Vaccination in the Punjab 1919-1929 - 1919-1929
Year: 1919
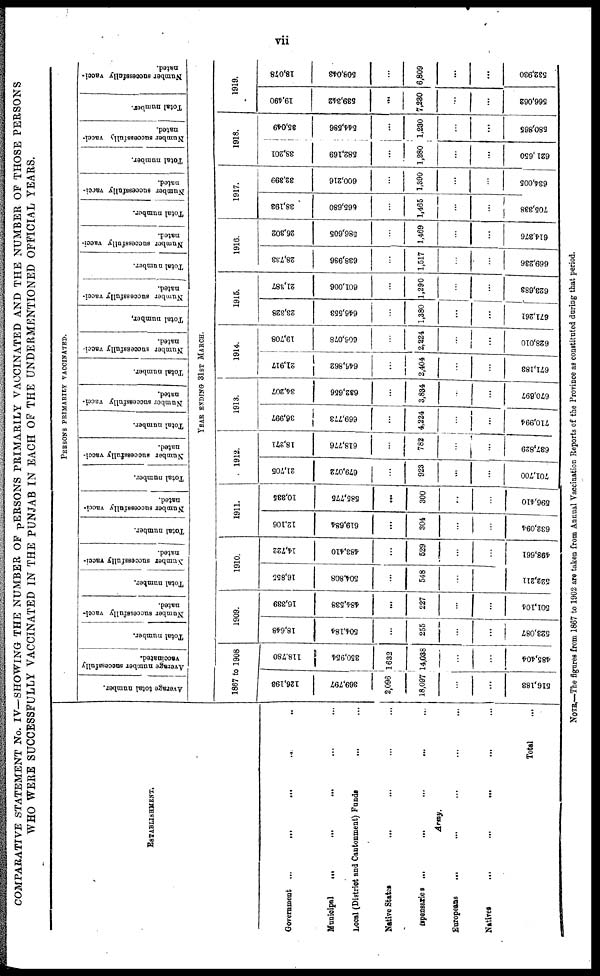
vii
COMPARATIVE STATEMENT No. IV—SHOWING THE NUMBER OF PERSONS PRIMARILY VACCINATED AND THE NUMBER OF THOSE PERSONS
WHO WERE SUCCESSFULLY VACCINATED IN THE PUNJAB IN EACH OF THE UNDERMENTIONED OFFICIAL YEARS.
ESTABLISHMENT.
Government
...
...
...
...
...
Municipal ... ... ... ... ...
Local (District and Cantonment) Funds ... ...
Native States ... ... ... ...
Dispensaries ... ... ... ... ...
Army.
Europeans ... ... ... ... ...
Natives
...
...
...
...
...
Total ...
PERSONS PRIMARILY VACCINATED.
Average total number.
Average number successfully
vaccinated.
Total number.
Number successfully vacci-
nated.
Total number.
Number successfully vacci-
nated.
Total number.
Number successfully vacci-
nated.
Total number.
Number successfully vacci-
nated.
Total number.
Number successfully vacci-
nated.
Total number.
Number successfully vacci
nated.
Total number,
Number successfully vacci-
nated.
Total number.
Number successfully vacci-
nated.
Total number.
Number successfully vacci-
nated.
Total number.
Number successfully vacci-
nated.
Total number.
Number successfully vacci-
nated.
YEAR ENDING 31ST MARCH.
1867 to 1908
126,198
369,797
2,096
18,097
...
...
516,183
118.780
350,954
1632
14,038
...
485,404
1909.
18,648
504, 184
...
255
...
...
523,087
16,339
484,538
...
227
...
...
501,104
1910.
16,855
504, 808
...
548
...
...
522,211
14,722
483, 410
...
529
...
498,661
1911.
12,106
619, 684
...
304
...
...
632,094
10,335
585, 775
...
300
...
...
596,410
1912.
21,705
679, 072
...
923
...
...
701,700
18,271
618, 776
...
782
...
...
637,829
1913.
36,997
669, 773
...
4,224
...
...
710,994
34,207
632,656
...
3,834
...
...
670,697
1914.
21,917
645, 862
...
2,404
...
...
671,183
19,708
606,078
...
2,224
...
...
628,010
1915.
23,328
646,553
...
1,380
...
...
671,261
21,387
601, 006
...
1,290
...
...
623,683
1916.
28,733
638,986
...
1,517
...
...
669,236
26,302
586, 605
...
1,469
...
...
614,376
1917.
38,193
665,680
...
1,465
...
...
705,338
32,399
600, 216
...
1,390
...
...
634,005
1918.
38,201
582, 169
...
1,280
...
...
621,650
35,049
544, 586
...
1,230
...
...
580,865
1919.
19,490
539, 342
...
7,230
...
...
566,062
18,078
508, 043
...
6,809
...
...
532,930
NOTE.—The figures from 1867 to 1902 are taken from Annual Vaccination Reports of the Province as constituted during that period.